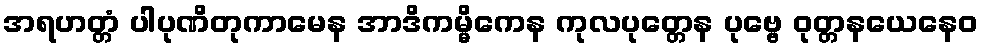
အရဟတ္တံ ပါပုဏိတုကာမေန အာဒိကမ္မိကေန ကုလပုတ္တေန ပုဗ္ဗေ ဝုတ္တနယေနေဝ